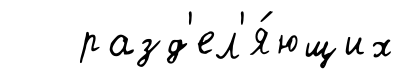
разд'ел'я́ющих